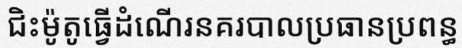
ជិះម៉ូតូធ្វើដំណើរនគរបាលប្រធានប្រពន្ធ